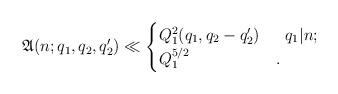
LaTeX: \begin{align*}\mathfrak{A}(n;q_1,q_2,q_2')\ll\begin{cases}Q_1^2(q_1,q_2-q_2') &\;\;q_1|n;\\Q_1^{5/2} &.\end{cases}\end{align*}